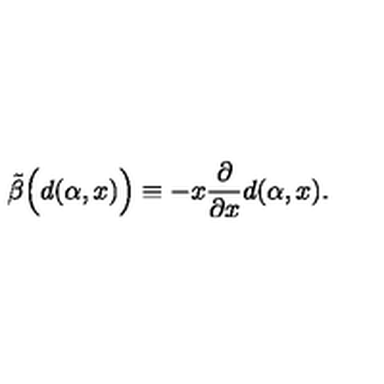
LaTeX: \tilde { \beta } \Big ( d ( \alpha , x ) \Big ) \equiv - x \frac { \partial } { \partial x } d ( \alpha , x ) .